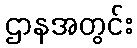
ဌာနအတွင်း